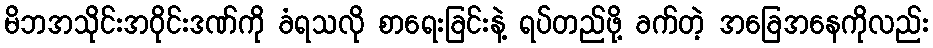
မိဘအသိုင်းအဝိုင်းဒဏ်ကို ခံရသလို စာရေးခြင်းနဲ့ ရပ်တည်ဖို့ ခက်တဲ့ အခြေအနေကိုလည်း